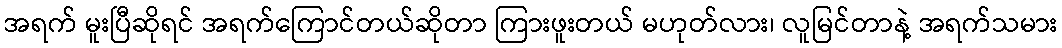
အရက် မူးပြီဆိုရင် အရက်ကြောင်တယ်ဆိုတာ ကြားဖူးတယ် မဟုတ်လား၊ လူမြင်တာနဲ့ အရက်သမား